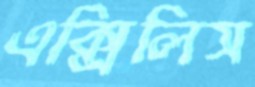
এক্সিলিস